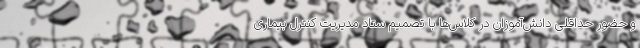
و حضور حداقلی دانش‌آموزان در کلاس‌ها با تصمیم ستاد مدیریت کنترل بیماری